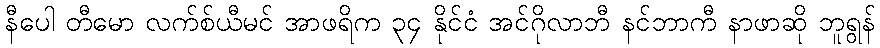
နီပေါ တီမော လက်စ်ယီမင် အာဖရိက ၃၄ နိုင်ငံ အင်ဂိုလာဘီ နင်ဘာကီ နာဖာဆို ဘူရွန်